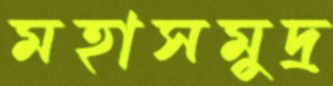
মহাসমুদ্র